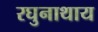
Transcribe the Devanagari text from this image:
रघुनाथाय